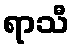
ရာသီ